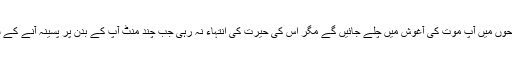
بوڑھے پادری کو مکمل یقین تھا کہ چندلمحوں میں آپ موت کی آغوش میں چلے جائیں گے مگر اس کی حیرت کی انتہاء نہ رہی جب چند منٹ آپ کے بدن پر پسینہ آنے کے سوا اس زہر نے آپ پر کوئی برااثرنہ ڈالا۔